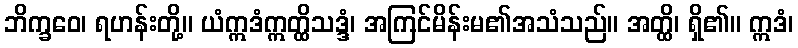
ဘိက္ခဝေ၊ ရဟန်းတို့။ ယံဣဒံဣတ္ထိသဒ္ဒံ၊ အကြင်မိန်းမ၏အသံသည်။ အတ္ထိ၊ ရှိ၏။ ဣဒံ၊